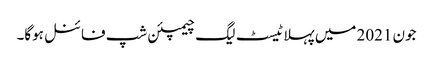
جون 2021 میں پہلا ٹیسٹ لیگ چیمپئن شپ فائنل ہوگا۔